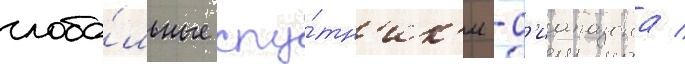
глоба́льные спу́тн'ик'и -д'иапазона /